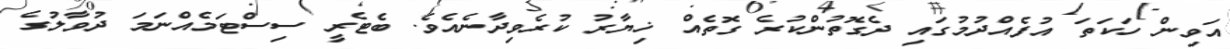
އަވިން ހަކަތަ އުފެއްދުމުގައި ދެގޮތުންކުރެ ގޮތެއް ޚިޔާރު ކުރެވިދާނެއެވެ. ބެޓެރީ ސިސްޓަމެއްނަމަ ދުވާލުގެ